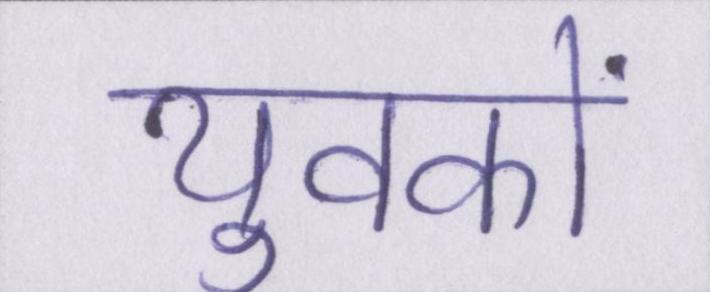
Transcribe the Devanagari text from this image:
युवकों